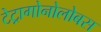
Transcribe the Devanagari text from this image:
टेट्रागोनोलोबस